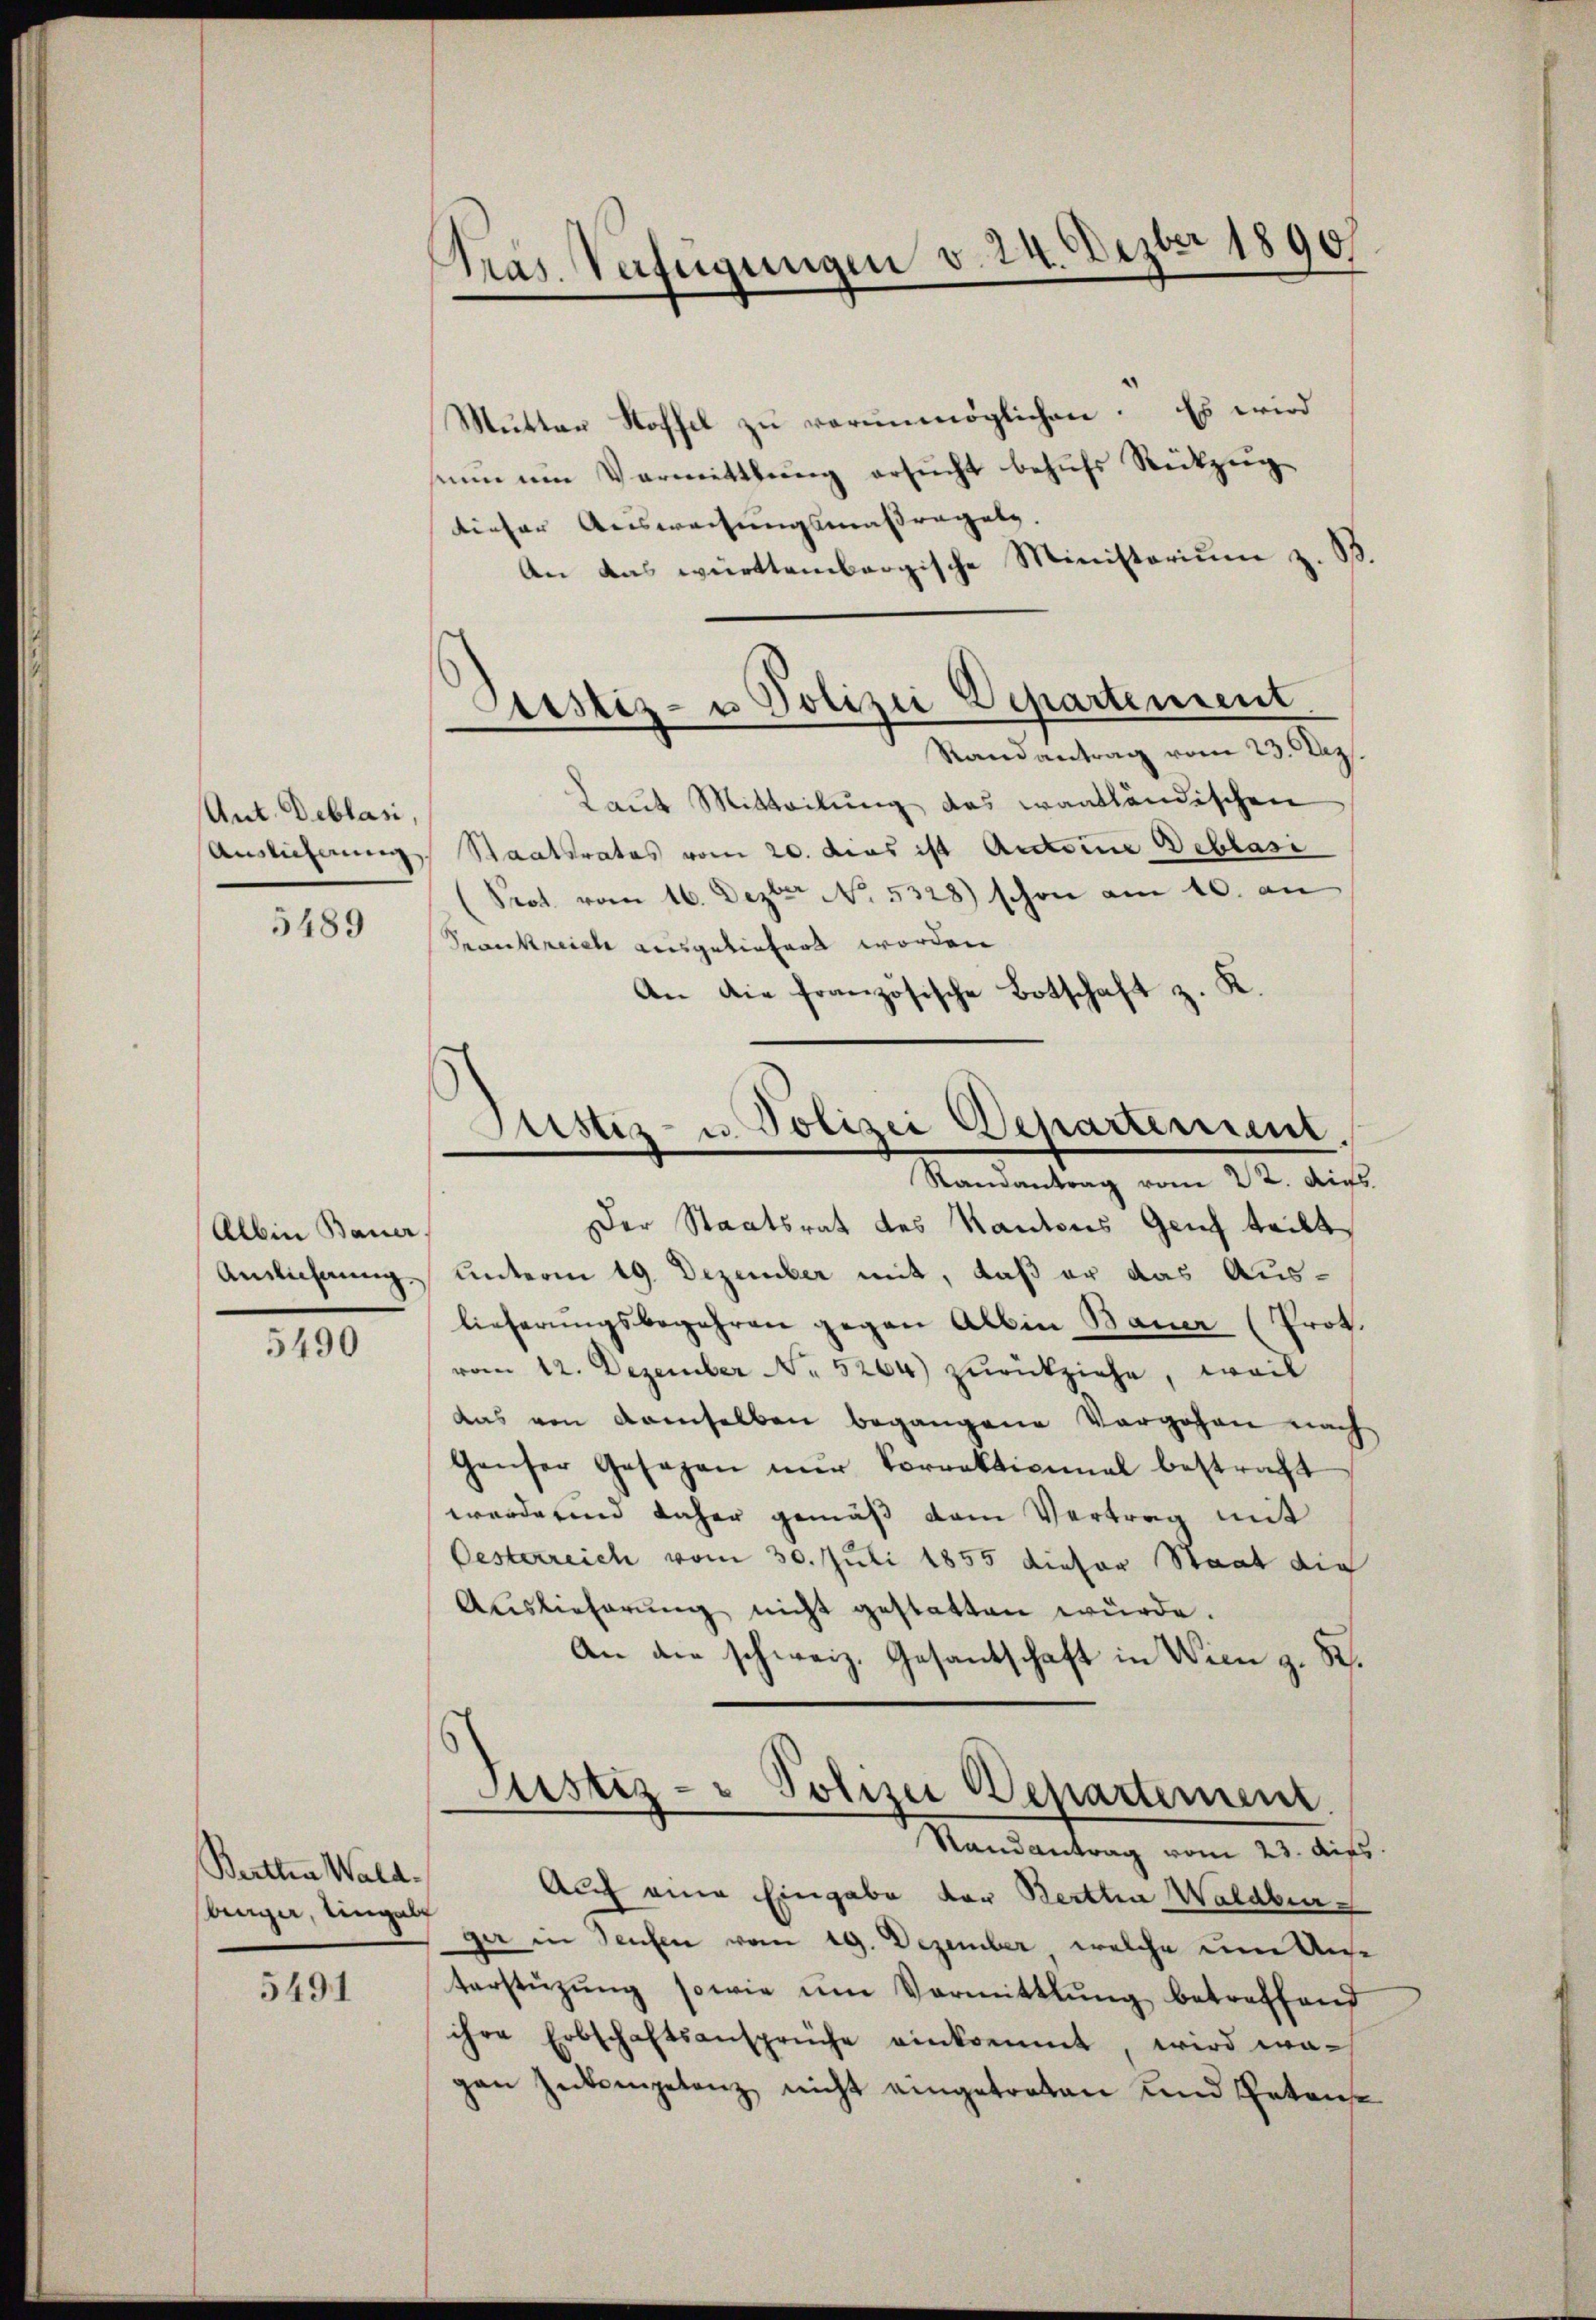
Ant. Deblasi,

5489

Albin Bauer.
Anlichnung

5490

Bertha Wald.
berger, eingel

5491

Pras. Verfügungen v. 24. Dezbr 1890

Mutter Stoffel zu verunmöglichen. Es wird
eun um Vormittlung ersucht behufs Rückzugtiefer Ausweisungsmaßregung.
An das württembergische Ministerium z. B.
Laut Mitteilung das waadtländischen
Ausführung Staatsrates vom 20. dies ist Actore Beklasi
Prot vom 16. Dezter No. 5328) schon am 10. an
Pronkreich ausgeliefert worden
An die französische Botschaft z. K.

Austiz- u Polizei Departement
Randantrag vom 23. Dez.

Fristiz- u. Polizei Departement.
Ranantrag vom 22. ds.

Der Staatsrat des Kantons Genf teilt
unterm 19. Dezember mit, daß er das Auslieferungsbegehren gegen Albin Bauer (Prot.
vom 12. Dezember No. 5264) zurückziehe, weil
das von demselben begangene Vorgehen nach
Haŭser Gesagen nŭr Vorrektional bestraft
worderend daher gemäß dem Vertrag mit
Oesterreich vom 30. Juli 1855 dieser Staat die
Auslieferŭng nicht gestatten würde.
An die schweiz. Gesantschaft in Wien z. R.
Justiz- & Polizei Departement.
Randantrag vom 23. Aus
Auf eine Eingabe der Bertha Waldberg
gar in Teufen vom 29. Dezember, welche um Anse
terstützŭng sowie ŭm Vormittlung betreffend
ihre Erbschaftsansprüche einkommt, wird wa-
gan Inkompetenz nicht eingetreten und Petens